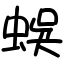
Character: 蜈